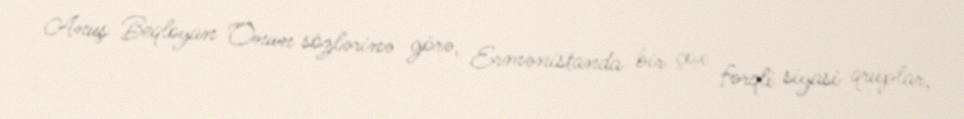
Anuş Beqloyan Onun sözlərinə görə, Ermənistanda bir çox fərqli siyasi qruplar,